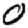
Digit: 0